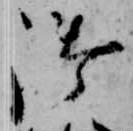
御